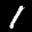
Label: 1